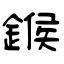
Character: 鍭